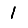
Digit: 1